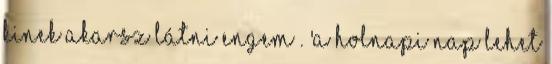
kinek akarsz látni engem . 'a holnapi nap lehet